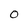
Character: 0